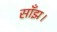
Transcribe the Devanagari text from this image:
साँझ।